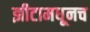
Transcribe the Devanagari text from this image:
झीटामधूनच